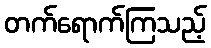
တက်ရောက်ကြသည့်